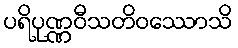
ပရိပုဏ္ဏဝီသတိဝဿောသိ